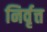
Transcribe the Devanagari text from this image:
निर्वृत्त